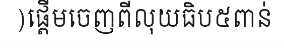
)ផ្តើមចេញពីលុយធិប៥ពាន់